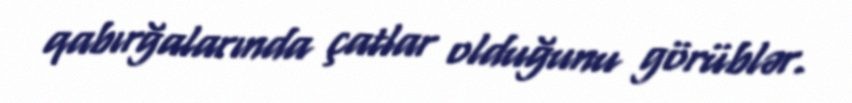
qabırğalarında çatlar olduğunu görüblər.